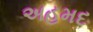
અહમદ